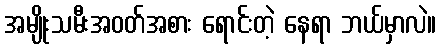
အမျိုးသမီးအဝတ်အစား ရောင်းတဲ့ နေရာ ဘယ်မှာလဲ။